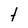
Character: t